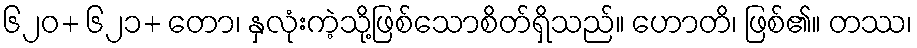
၆၂၀+ ၆၂၁+ တော၊ နှလုံးကဲ့သို့ဖြစ်သောစိတ်ရှိသည်။ ဟောတိ၊ ဖြစ်၏။ တဿ၊